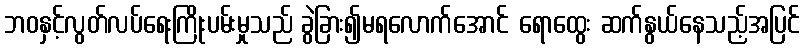
ဘဝနှင့်လွတ်လပ်ရေးကြိုးပမ်းမှုသည် ခွဲခြား၍မရလောက်အောင် ရောထွေး ဆက်နွယ်နေသည့်အပြင်